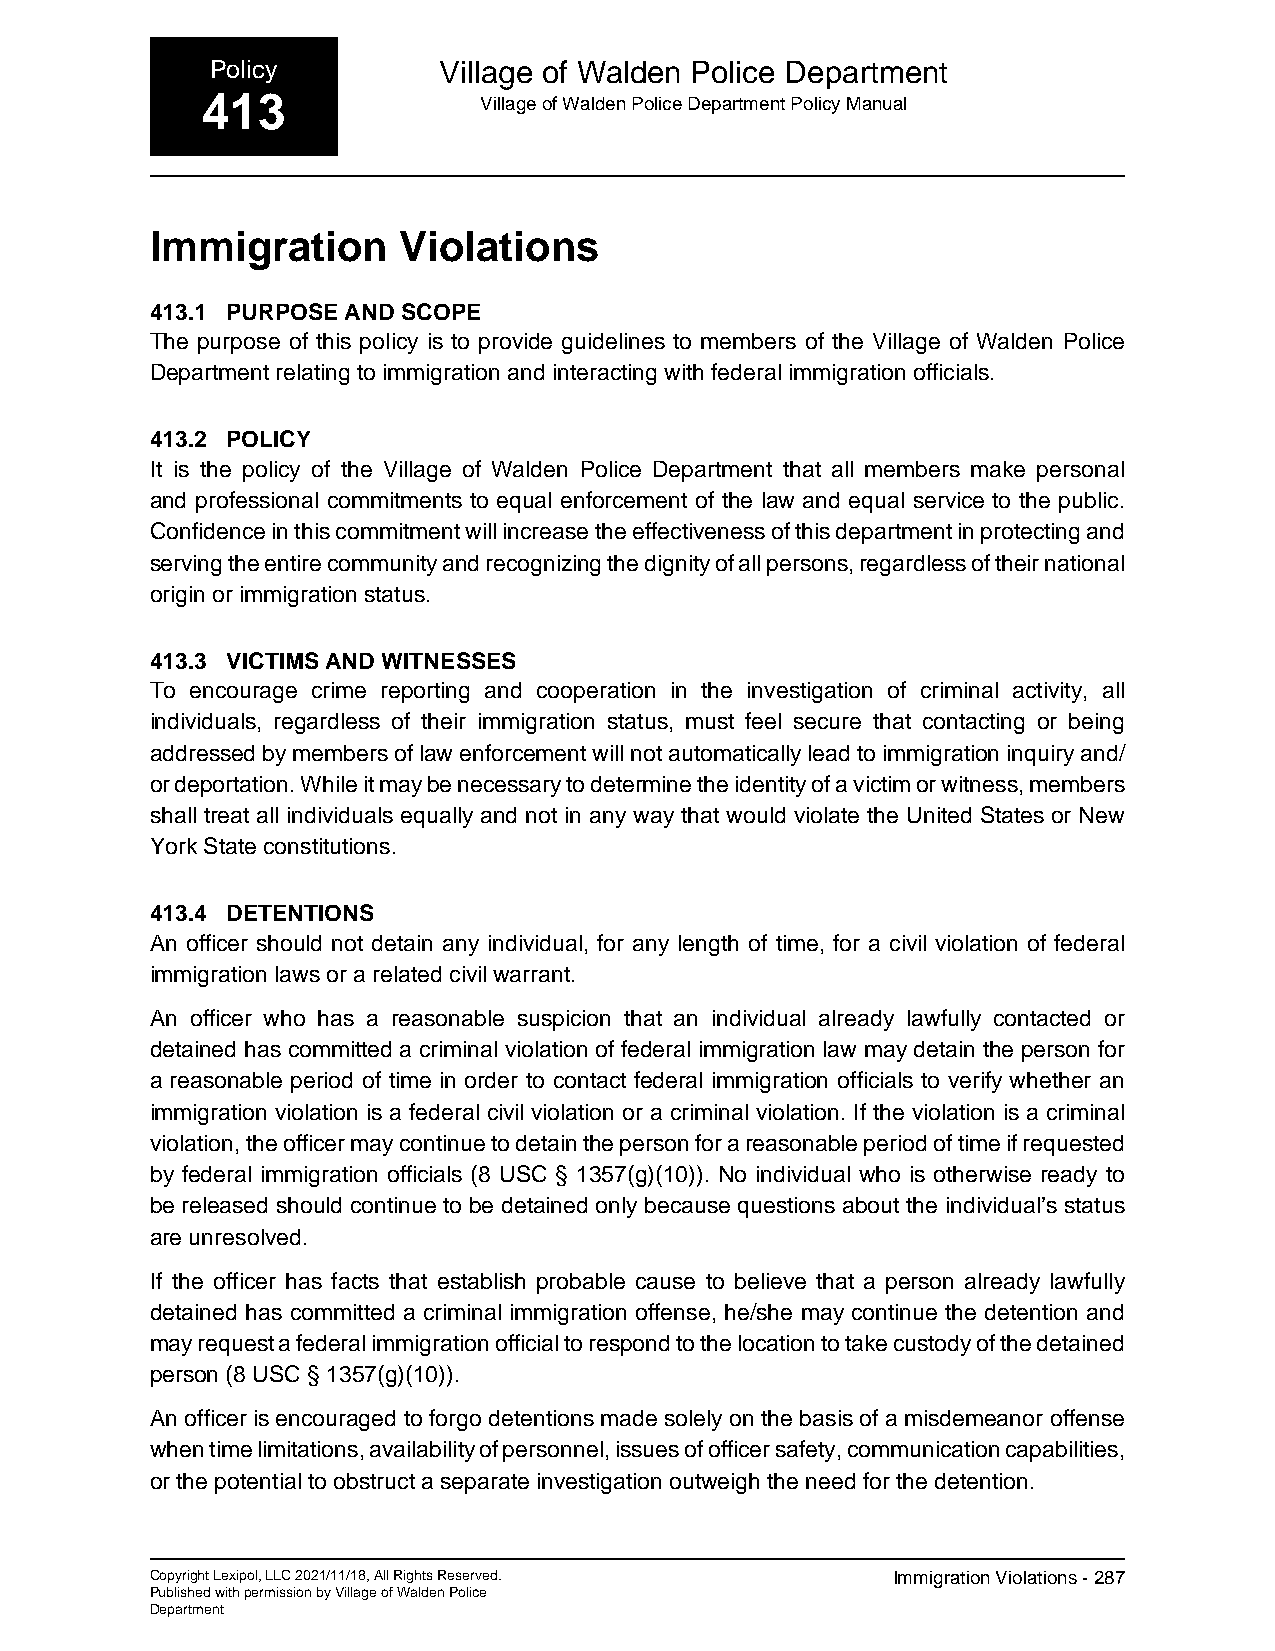
Policy         Village of Walden Police Department
 413                Village of Walden Police Department Policy Manual
 Immigration     Violations
 413.1 PURPOSE AND SCOPE
 The purpose of this policy is to provide guidelines to members of the Village of Walden Police
 Department relating to immigration and interacting with federal immigration officials.
 413.2 POLICY
 It is the policy of the Village of Walden Police Department that all members make personal
 and professional commitments to equal enforcement of the law and equal service to the public.
 Confidence in this commitment will increase the effectiveness of this department in protecting and
 serving the entire community and recognizing the dignity of all persons, regardless of their national
 origin or immigration status.
 413.3 VICTIMS AND WITNESSES
 To encourage crime reporting and cooperation in the investigation of criminal activity, all
 individuals, regardless of their immigration status, must feel secure that contacting or being
 addressed by members of law enforcement will not automatically lead to immigration inquiry and/
 or deportation. While it may be necessary to determine the identity of a victim or witness, members
 shall treat all individuals equally and not in any way that would violate the United States or New
 York State constitutions.
 413.4 DETENTIONS
 An officer should not detain any individual, for any length of time, for a civil violation of federal
 immigration laws or a related civil warrant.
 An officer who has a reasonable suspicion that an individual already lawfully contacted or
 detained has committed a criminal violation of federal immigration law may detain the person for
 a reasonable period of time in order to contact federal immigration officials to verify whether an
 immigration violation is a federal civil violation or a criminal violation. If the violation is a criminal
 violation, the officer may continue to detain the person for a reasonable period of time if requested
 by federal immigration officials (8 USC § 1357(g)(10)). No individual who is otherwise ready to
 be released should continue to be detained only because questions about the individual’s status
 are unresolved.
 If the officer has facts that establish probable cause to believe that a person already lawfully
 detained has committed a criminal immigration offense, he/she may continue the detention and
 may request a federal immigration official to respond to the location to take custody of the detained
 person (8 USC § 1357(g)(10)).
 An officer is encouraged to forgo detentions made solely on the basis of a misdemeanor offense
 when time limitations, availability of personnel, issues of officer safety, communication capabilities,
 or the potential to obstruct a separate investigation outweigh the need for the detention.
 Copyright Lexipol, LLC 2021/11/18, All Rights Reserved. Immigration Violations - 287
 Published with permission by Village of Walden Police
 Department